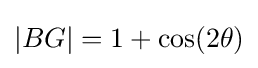
|BG|=1+\cos(2\theta )